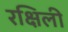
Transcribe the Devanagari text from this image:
रक्षिली